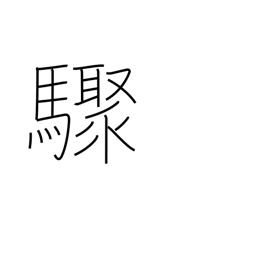
Meaning: suddenly